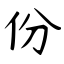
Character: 份